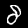
Label: 8